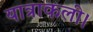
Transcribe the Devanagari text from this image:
यात्राकली।